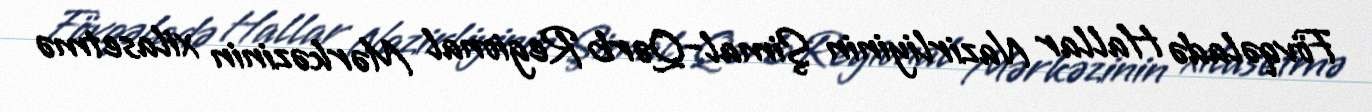
Fövqəladə Hallar Nazirliyinin Şimal-Qərb Regional Mərkəzinin xilasetmə